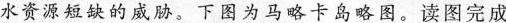
水资源短缺的威胁。下图为马略卡岛略图。读图完成